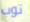
توب